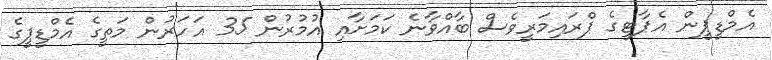
އެމްޑީޕީން އެޕާޓީގެ ޕްރައިމަރީވެސް ބާއްވާނެ ކަމަށާއި އުމުރުން 35 އަހަރުން މަތީގެ އެމްޑީޕީގެ